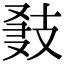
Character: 𢻍